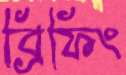
ব্রিফিং